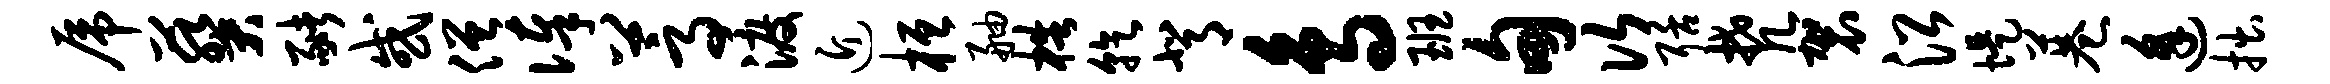
虎葵猪或僧俸蒿渡近桓舳梏乾背鸟班甸次聒梵袈沿堤巷逢拙